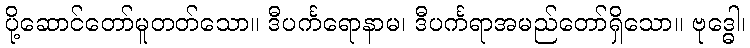
ပို့ဆောင်တော်မူတတ်သော။ ဒီပင်္ကရောနာမ၊ ဒီပင်္ကရာအမည်တော်ရှိသော။ ဗုဒ္ဓေါ၊